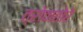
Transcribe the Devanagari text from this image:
त्रोवातोरे